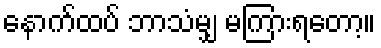
နောက်ထပ် ဘာသံမျှ မကြားရတော့။